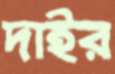
দাইর